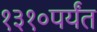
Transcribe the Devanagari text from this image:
१३१०पर्यंत